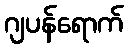
ဂျပန်ရောက်